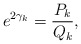
\begin{align*}e^{2\gamma _k} = \frac {P_k}{Q_k},\end{align*}